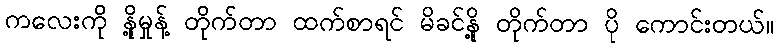
ကလေးကို နို့မှုန့် တိုက်တာ ထက်စာရင် မိခင်နို့ တိုက်တာ ပို ကောင်းတယ်။